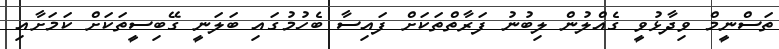
ތަސްނީމް ވިދާޅުވީ ގެއްލުން ލިބުނު ފަރާތްތަކަށް ފައިސާ ބެހުމުގައި ބަލަނީ ގޭބިސީތަކަށް ކަމަށާއި